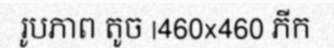
រូបភាព តូច |460x460 ភីក